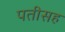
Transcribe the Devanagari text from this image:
पतीसह